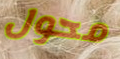
محول